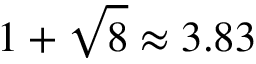
1 + \sqrt { 8 } \approx 3 . 8 3